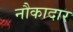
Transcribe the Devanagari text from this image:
नौकादार